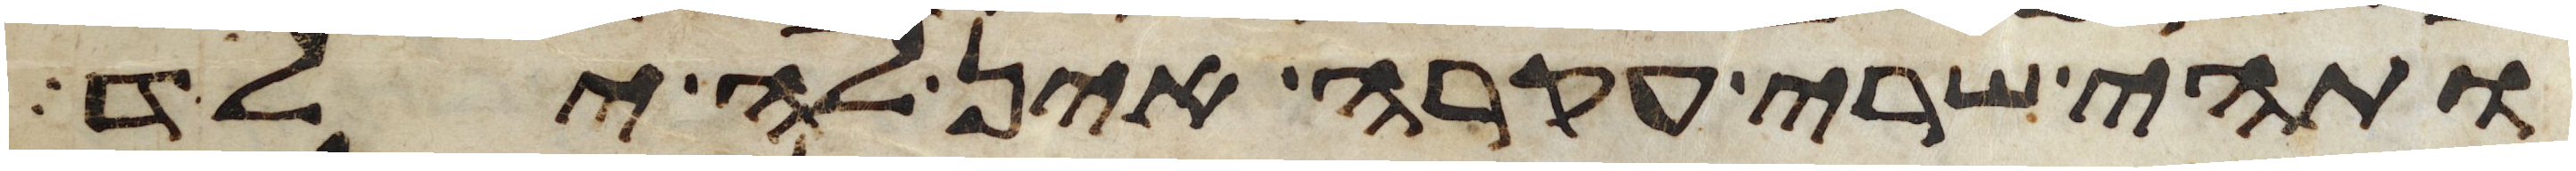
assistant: ותהי שרי עקרה אין לה ילד